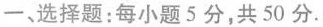
一、选择题：每小题5分，共50分.